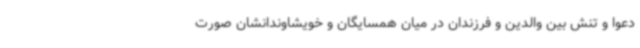
دعوا و تنش بین والدین و فرزندان در میان همسایگان و خویشاوندانشان صورت